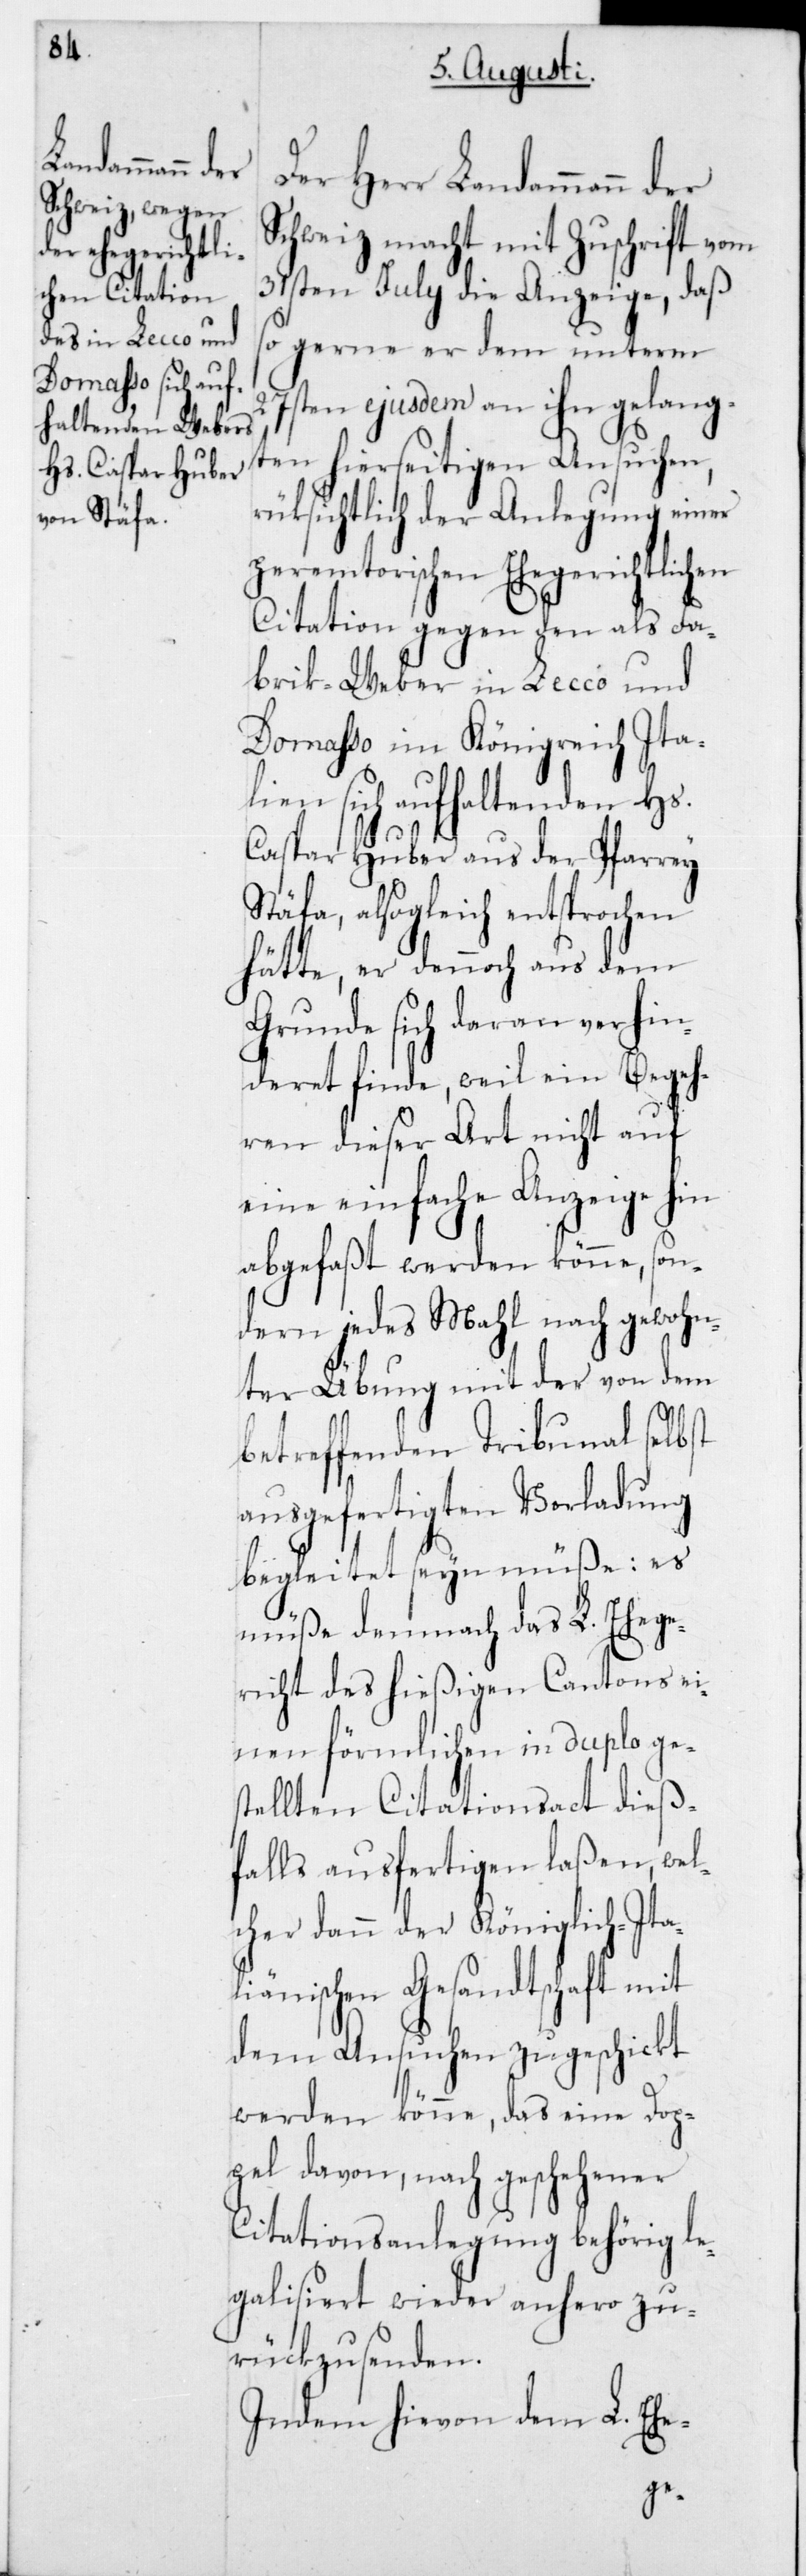
Der Herr Landammann
Schweiz macht mit Zuschrift vom
31sten July die Anzeige, daß
gerne er dem unterm
27sten ejusdem an ihn gelang¬
ten hierseitigen Ansuchen,
rüksichtlich der Anlegung einer
peremtorischen Ehegerichtlichen
Citation gegen den als Fa¬
brik-Weber in Lecco und
Domasso im Königreich Ita¬
lien sich aufhaltenden Hs.
Caspar Huber aus der Pfarrey
Stäfa, alsogleich entsprochen
hätte, er dennoch aus dem
Grunde sich daran verhin¬
deret finde, weil ein Begeh¬
ren dieser Art nicht auf
eine einfache Anzeige hin
abgefaßt werden könne, son¬
dern jedes Mahl nach gewohn¬
ter Übung mit der von dem
betreffenden Tribunal selbst
ausgefertigten Vorladung
begleitet sein müße: Es
müße demnach das L. Ehege¬
richt des hießigen Cantons ei¬
nen förmlichen in duplo ge¬
stellten Citationsact dieß¬
falls ausfertigen laßen, wel¬
cher dann der Königlich-Ita¬
liänischen Gesandtschaft mit
dem Ansuchen zugeschickt
werden könne, das eine Dop¬
pel davon, nach geschehener
Citationsanlegung behörig le¬
galisiert wieder anhero zu¬
rückzusenden.
Indem hievon dem L. Ehe-